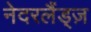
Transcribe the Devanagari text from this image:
नेदरलैंड्ज़